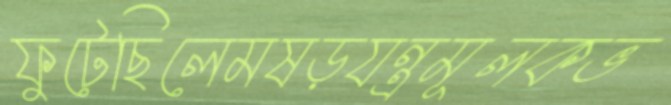
ফুটেছিলেমষড়যন্ত্রমূলকভ